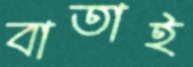
বাতাই